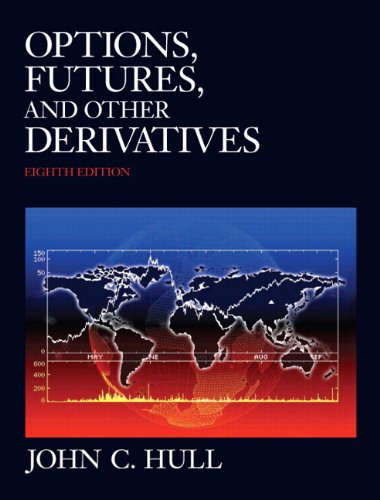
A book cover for Options, Futures, and Other Derivatives and DerivaGem CD Package (8th Edition); John C. Hull; Business & Money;